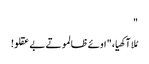
"
مُلا آکھیا، " اوئے ظالمو تے بے عقلو!